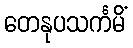
တေနုပသင်္ကမိံ